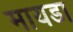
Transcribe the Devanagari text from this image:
मायडा